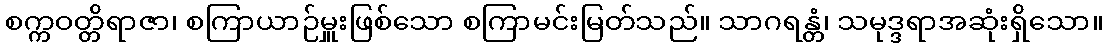
စက္ကဝတ္တိရာဇာ၊ စကြာယာဉ်မှူးဖြစ်သော စကြာမင်းမြတ်သည်။ သာဂရန္တံ၊ သမုဒ္ဒရာအဆုံးရှိသော။